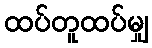
ထပ်တူထပ်မျှ